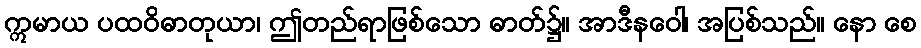
ဣမာယ ပထဝိဓာတုယာ၊ ဤတည်ရာဖြစ်သော ဓာတ်၌။ အာဒီနဝေါ၊ အပြစ်သည်။ နော စေ